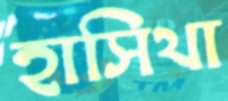
হাসিথা